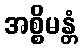
အစ္စိမန္တံ